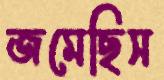
জমেছিস